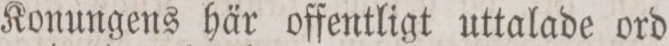
Konungens här offentligt uttalade ord